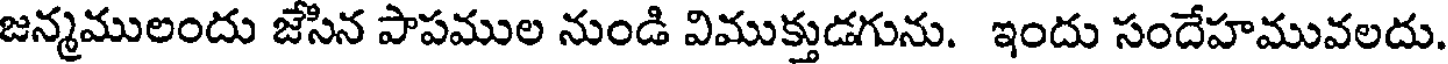
జన్మములందు జేసిన పాపముల నుండి విముక్తుడగును. ఇందు సందేహమువలదు.